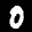
Label: 0